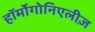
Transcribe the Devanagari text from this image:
हॉर्मोगोनिएलीज़